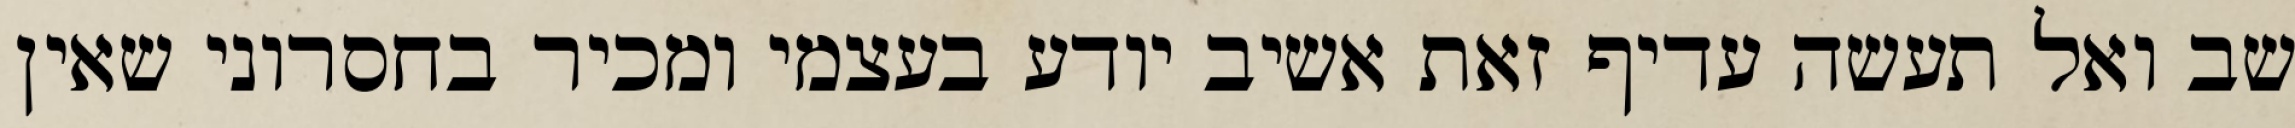
שב ואל תעשה עדיף זאת אשיב יודע בעצמי ומכיר בחסרוני שאין